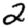
Digit: 2